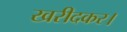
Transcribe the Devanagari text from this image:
खरीदकर।